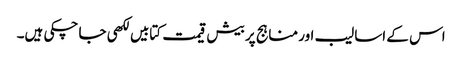
اس کے اسالیب اور مناہج پر بیش قیمت کتابیں لکھی جا چکی ہیں۔